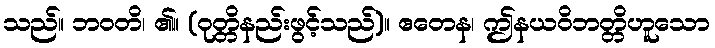
သည်။ ဘဝတိ၊ ၏။ (ဝုတ္တိနည်းဖွင့်သည်)။ ဧတေန၊ ဤနယဝိဘတ္တိဟူသော